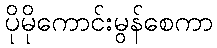
ပိုမိုကောင်းမွန်စေကာ